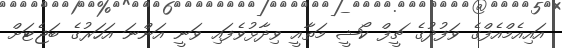
އައިއެމްއެފްގެ ވަފުދުގެ ޗީފް ކޯޝީ މަތާއީ ވިދާޅުވެފައި ވަނީ އަންނަ އަހަރުގެ ބަޖެޓަށް